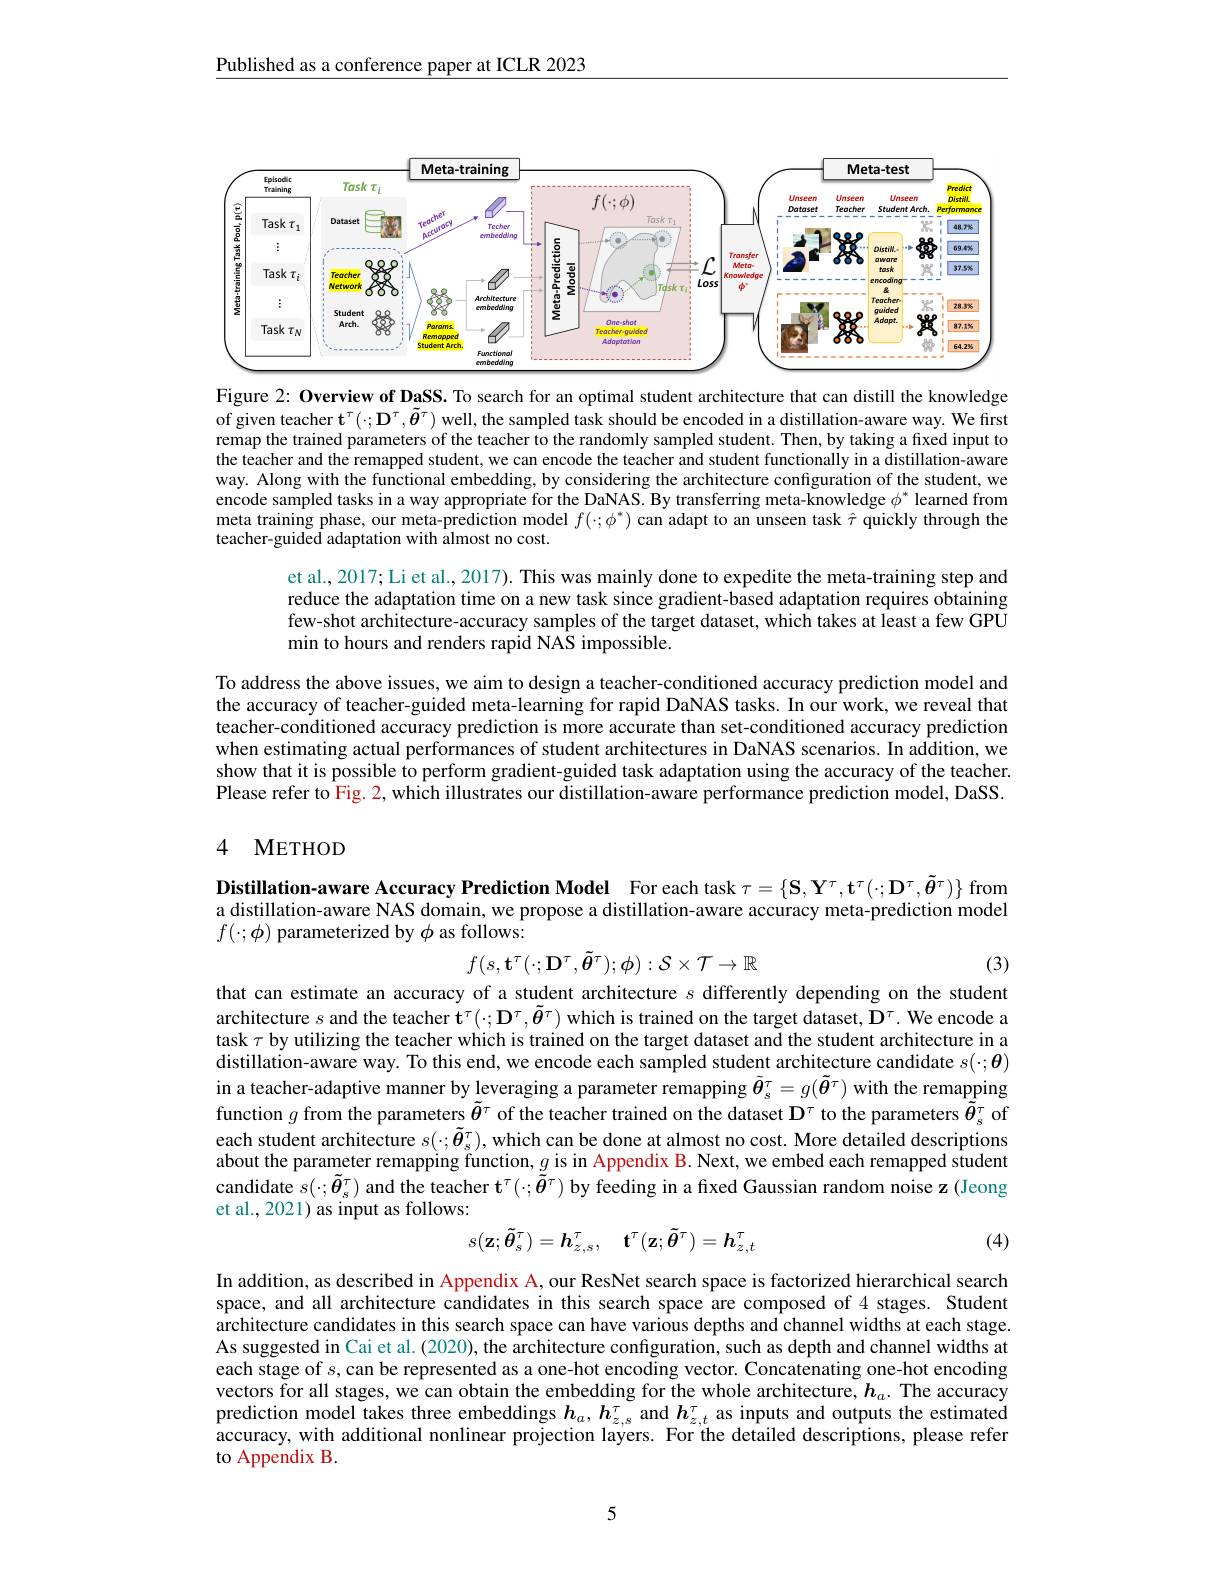
Published as a conference paper at ICLR 2023

<FigureHere>

Figure 2: Overview of DaSS. To search for an optimal student architecture that can distill the knowledge of given teacher $\mathbf{t}^\tau(\cdot;\mathbf{D}^\tau,\tilde{\boldsymbol{\theta}}^\tau)$ well, the sampled task should be encoded in a distillation-aware way. We first remap the trained parameters of the teacher to the randomly sampled student. Then, by taking a fixed input to the teacher and the remapped student, we can encode the teacher and student functionally in a distillation-aware way. Along with the functional embedding, by considering the architecture configuration of the student, we encode sampled tasks in a way appropriate for the DaNAS. By transferring meta-knowledge $\phi^*$ learned from meta training phase, our meta-prediction model $f(\cdot;\phi^*)$ can adapt to an unseen task $\hat{\tau}$ quickly through the teacher-guided adaptation with almost no cost.

et al., 2017; Li et al., 2017). This was mainly done to expedite the meta-training step and reduce the adaptation time on a new task since gradient-based adaptation requires obtaining few-shot architecture-accuracy samples of the target dataset, which takes at least a few GPU min to hours and renders rapid NAS impossible.

To address the above issues, we aim to design a teacher-conditioned accuracy prediction model and the accuracy of teacher-guided meta-learning for rapid DaNAS tasks. In our work, we reveal that teacher-conditioned accuracy prediction is more accurate than set-conditioned accuracy prediction when estimating actual performances of student architectures in DaNAS scenarios. In addition, we show that it is possible to perform gradient-guided task adaptation using the accuracy of the teacher. $\hat{\text{Please refer to Fig. 2, which illustrates our distillation-aware performance prediction model, DaSS.}}$

### 4 METHOD

Distillation-aware Accuracy Prediction Model For each task $\tau=\{\mathbf{S},\mathbf{Y}^{\tau},\mathbf{t}^{\tau}(\cdot;\mathbf{D}^{\tau},\tilde{\boldsymbol{\theta}}^{\tau})\}$ from distillation-aware NAS domain, we propose a distillation-aware accuracy meta-prediction model $f(\cdot;\phi)$ parameterized by $\phi$ as follows:
$$f(s,\mathbf{t}^\tau(\cdot;\mathbf{D}^\tau,\tilde{\boldsymbol{\theta}}^\tau);\phi):\mathcal{S}\times\mathcal{T}\to\mathbb{R}$$
(3)

that can estimate an accuracy of a student architecture $s$ differently depending on the student architecture $s$ and the teacher $\mathbf{t}^\tau(\cdot;\mathbf{D}^\tau,\tilde{\boldsymbol{\theta}}^\tau)$ which is trained on the target dataset, $\mathbf{D}^\tau.$ We encode a task $\tau$ by utilizing the teacher which is trained on the target dataset and the student architecture in a distillation-aware way. To this end, we encode each sampled student architecture candidate $s(\cdot;\boldsymbol{\theta})$ in a teacher-adaptive manner by leveraging a parameter remapping $\tilde{\boldsymbol{\theta}}_s^\tau=g(\tilde{\boldsymbol{\theta}}^\tau)$ with the remapping function $g$ from the parameters $\tilde{\theta}^\tau$ of the teacher trained on the dataset $\mathbf{D}^\tau$ to the parameters $\tilde{\boldsymbol{\theta}}_s^\tau$ of each student architecture $s(\cdot;\tilde{\boldsymbol{\theta}}_s^\tau)$, which can be done at almost no cost. More detailed descriptions about the parameter remapping function, $g$ is in Appendix B. Next, we embed each remapped student candidate $s(\cdot;\tilde{\boldsymbol{\theta}}_s^\tau)$ and the teacher $\mathbf{t}^\tau(\cdot;\tilde{\boldsymbol{\theta}}^\tau)$ by feeding in a fixed Gaussian random noise z (Jeong et al., 2021) as input as follows:
$$s(\mathbf{z};\tilde{\boldsymbol{\theta}}_s^\tau)=\boldsymbol{h}_{z,s}^\tau,\quad\mathbf{t}^\tau(\mathbf{z};\tilde{\boldsymbol{\theta}}^\tau)=\boldsymbol{h}_{z,t}^\tau $$
(4)

In addition, as described in Appendix A, our ResNet search space is factorized hierarchical search space, and all architecture candidates in this search space are composed of 4 stages. Student architecture candidates in this search space can have various depths and channel widths at each stage. As suggested in Cai et al. (2020), the architecture configuration, such as depth and channel widths at each stage of $s$, can be represented as a one-hot encoding vector. Concatenating one-hot encoding vectors for all stages, we can obtain the embedding for the whole architecture, $\boldsymbol h_a.$ The accuracy prediction model takes three embeddings $h_a,h_{z,s}^\tau$ and $h_z,t^\tau$ as inputs and outputs the estimated accuracy, with additional nonlinear projection layers. For the detailed descriptions, please refer to Appendix B.

5